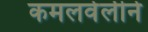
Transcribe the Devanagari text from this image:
कमलवेलीने